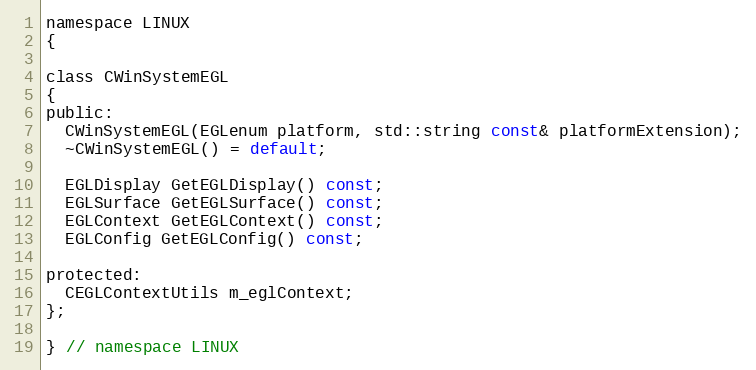
Language: C
namespace LINUX
{

class CWinSystemEGL
{
public:
  CWinSystemEGL(EGLenum platform, std::string const& platformExtension);
  ~CWinSystemEGL() = default;

  EGLDisplay GetEGLDisplay() const;
  EGLSurface GetEGLSurface() const;
  EGLContext GetEGLContext() const;
  EGLConfig GetEGLConfig() const;

protected:
  CEGLContextUtils m_eglContext;
};

} // namespace LINUX